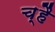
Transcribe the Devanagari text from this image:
च्है